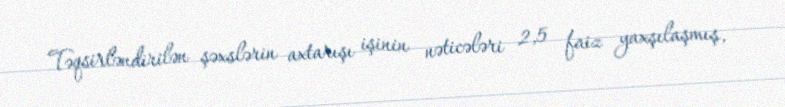
Təqsirləndirilən şəxslərin axtarışı işinin nəticələri 2,5 faiz yaxşılaşmış,